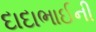
દાદાભાઈની